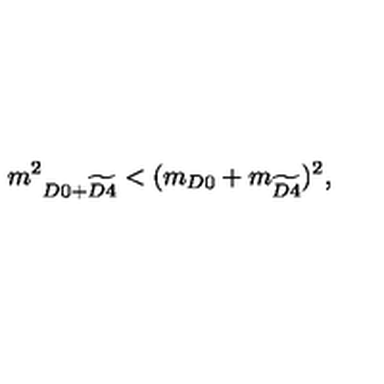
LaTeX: \displaystyle { m ^ { 2 } } _ { D 0 + \widetilde { D 4 } } < ( m _ { D 0 } + m _ { \widetilde { D 4 } } ) ^ { 2 } ,